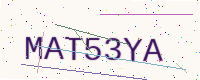
Text: MAT53YA